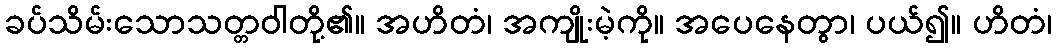
ခပ်သိမ်းသောသတ္တဝါတို့၏။ အဟိတံ၊ အကျိုးမဲ့ကို။ အပေနေတွာ၊ ပယ်၍။ ဟိတံ၊